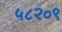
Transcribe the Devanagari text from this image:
५८२०९